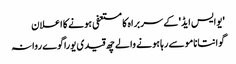
'یوایس ایڈ' کے سربراہ کا مستعفی ہونے کا اعلان
گوانتانامو سے رہا ہونے والے چھ قیدی یوراگوے روانہ